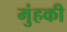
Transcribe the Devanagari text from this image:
मुंहकी